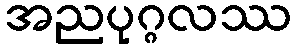
အညပုဂ္ဂလဿ